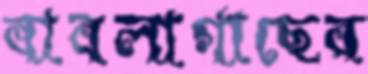
বাবলাগাছের